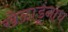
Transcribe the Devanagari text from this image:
खेळाडूंनाच